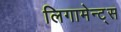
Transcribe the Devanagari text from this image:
लिगामेन्ट्स